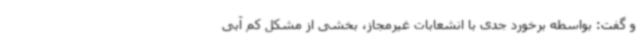
و گفت: بواسطه برخورد جدی با انشعابات غیرمجاز، بخشی از مشکل کم آبی